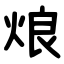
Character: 烺